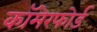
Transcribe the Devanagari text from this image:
कॉमेरफोर्ड